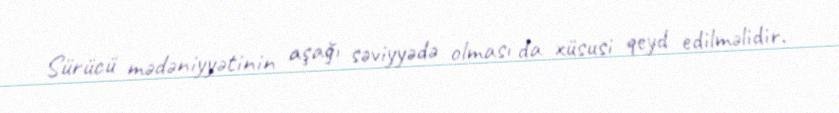
Sürücü mədəniyyətinin aşağı səviyyədə olması da xüsusi qeyd edilməlidir.